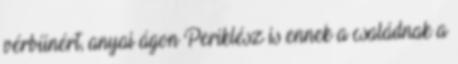
vérbűnért, anyai ágon Periklész is ennek a családnak a